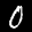
Label: 0